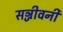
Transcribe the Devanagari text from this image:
सञ्जीवनी